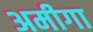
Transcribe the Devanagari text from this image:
अमीगा